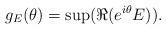
LaTeX: \begin{align*}g_E(\theta)=\sup (\Re(e^{i\theta}E)).\end{align*}